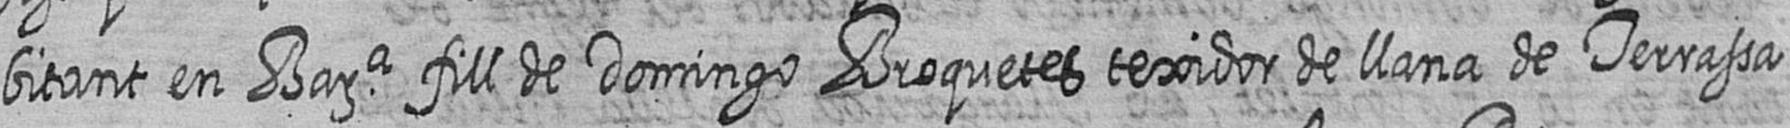
bitant en Bara fill de Domingo Broquetes texidor de llana de Terrassa